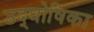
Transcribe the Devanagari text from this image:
उद्‌घोषिका